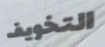
التخويف